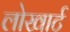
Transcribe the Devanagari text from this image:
लोखार्ट